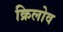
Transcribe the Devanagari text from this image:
क्रिलोव